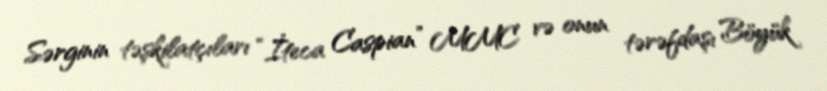
Sərginin təşkilatçıları “İteca Caspian” MMC və onun tərəfdaşı Böyük